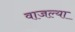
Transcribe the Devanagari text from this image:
वाजल्या